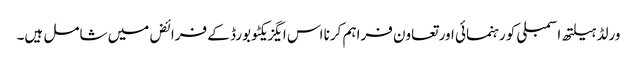
ورلڈ ہیلتھ اسمبلی کو رہنمائی اور تعاون فراہم کرنا اس ایگزیکٹو بورڈ کے فرائض میں شامل ہیں۔